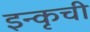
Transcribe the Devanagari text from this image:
इन्कृची